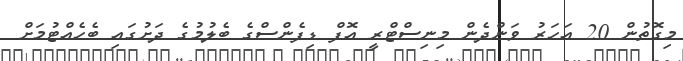
މިގޮތުން 20 އަހަރު ވަންދެން މިނިސްޓްރީ އޮފް ޑިފެންސްގެ ބެލުމުގެ ދަށުގައި ބެހެއްޓުމަށް